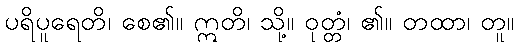
ပရိပူရေတိ၊ စေ၏။ ဣတိ၊ သို့။ ဝုတ္တံ၊ ၏။ တထာ၊ တူ။